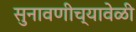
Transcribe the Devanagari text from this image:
सुनावणीच्यावेळी